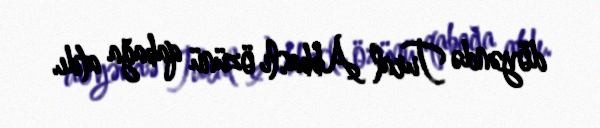
döyəndə Tural Abbaslı özünü qabağa atdı.